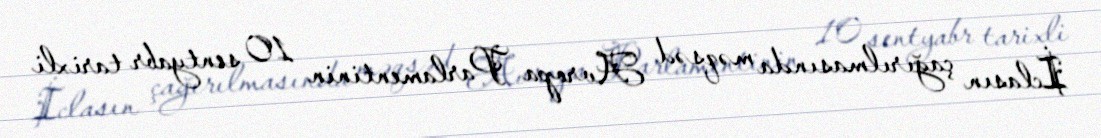
İclasın çağırılmasında məqsəd Avropa Parlamentinin 10 sentyabr tarixli